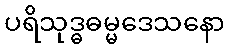
ပရိသုဒ္ဓဓမ္မဒေသနော